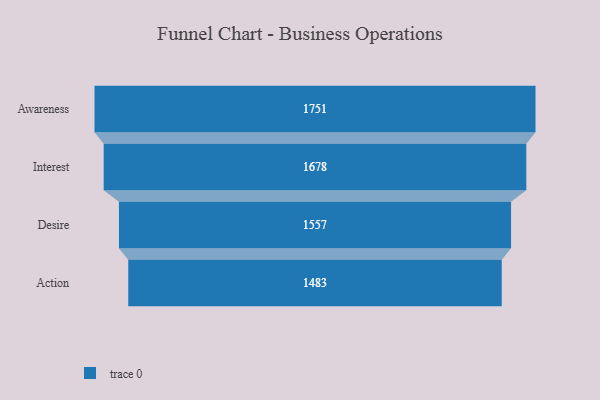
{"axis": {"x": "Stage", "y": "Value"}, "legend": [""], "data": [{"x": "Awareness", "y": 1751.0, "type": ""}, {"x": "Interest", "y": 1678.0, "type": ""}, {"x": "Desire", "y": 1557.0, "type": ""}, {"x": "Action", "y": 1483.0, "type": ""}]}